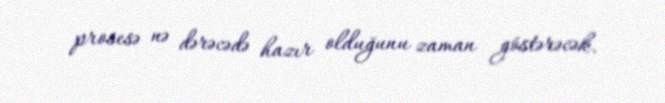
prosesə nə dərəcədə hazır olduğunu zaman göstərəcək.